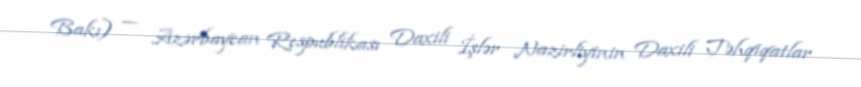
Bakı) — Azərbaycan Respublikası Daxili İşlər Nazirliyinin Daxili Təhqiqatlar